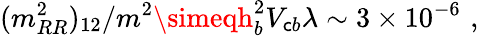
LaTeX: (m_{RR}^{2})_{12}/m^{2}\simeqh_{b}^{2}V_{\mathsf{c}b}\lambda\sim3\times10^{-6}\, \, ,